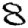
Digit: 8